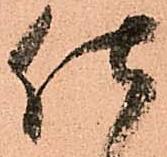
仕